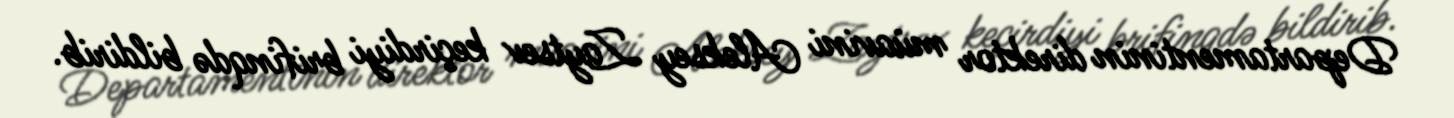
Departamentinin direktor müavini Aleksey Zaytsev keçirdiyi brifinqdə bildirib.